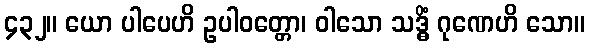
၄၃၂။ ယော ပါပေဟိ ဥပါဝတ္တော၊ ဝါသော သဒ္ဓိံ ဂုဏေဟိ သော။